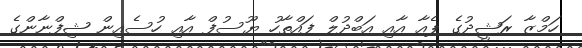
ހަމްޒާ ރަޝީދުގެ ޕެއާ އާއި އަބްދުލް ފައްތާހު ޔޫސުފް އާއި ހުސެއިން ޝިފްނާންގެ